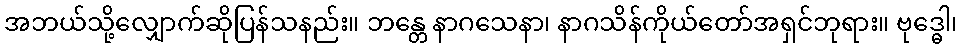
အဘယ်သို့လျှောက်ဆိုပြန်သနည်း။ ဘန္တေ နာဂသေနာ၊ နာဂသိန်ကိုယ်တော်အရှင်ဘုရား။ ဗုဒ္ဓေါ၊